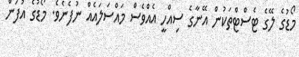
މޯޑުގެ ލޭގެ ޓެސްޓްތަކުން އޭނާގެ ސިއްހީ އެއްވެސް މައްސަލައެއް ނުފެނެވެ. މޯޑުގެ އުފަން